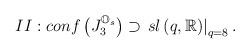
LaTeX: \begin{align*}II:conf\left( J_{3}^{\mathbb{O}_{s}}\right) \supset \left. sl\left( q,\mathbb{R}\right) \right\vert _{q=8}. \end{align*}